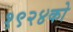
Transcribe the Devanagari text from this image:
१९२४को